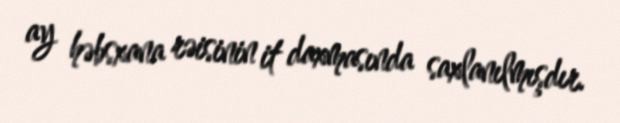
ay həbsxana rəisinin it daxmasında saxlanılmışdır.